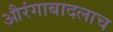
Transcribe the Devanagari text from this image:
औरंगाबादलाच